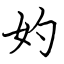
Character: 妁